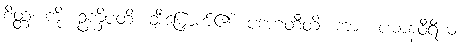
စိတ္တံ၊ ကို။ ဥက္ခိပတိ။ ချီးမြှောက်၏။ ပဒဟတီတိ၊ ကား။ ပဓာနဝီရိယံ၊